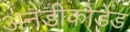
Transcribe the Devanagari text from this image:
अनडीकोडेड